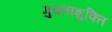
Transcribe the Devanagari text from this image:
मुक्ताशुक्ति